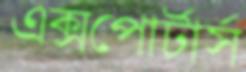
এক্সপোর্টার্স